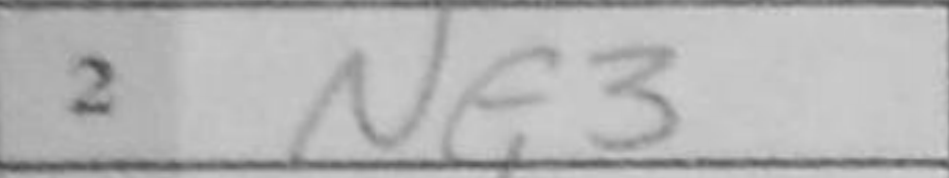
Transcription: Nf3